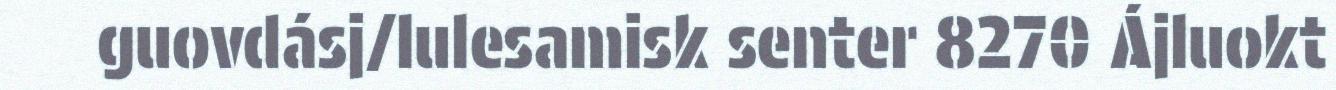
guovdásj/lulesamisk senter 8270 Ájluokt